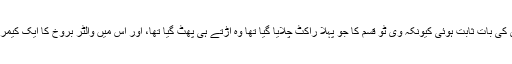
ویسے یہ عقل مندی کی بات ثابت ہوئی کیونکہ وی ٹُو قسم کا جو پہلا راکٹ چلایا گیا تھا وہ اڑتے ہی پھٹ گیا تھا، اور اس میں والٹر بُروخ کا ایک کیمرا بھی تباہ ہو گیا تھا۔